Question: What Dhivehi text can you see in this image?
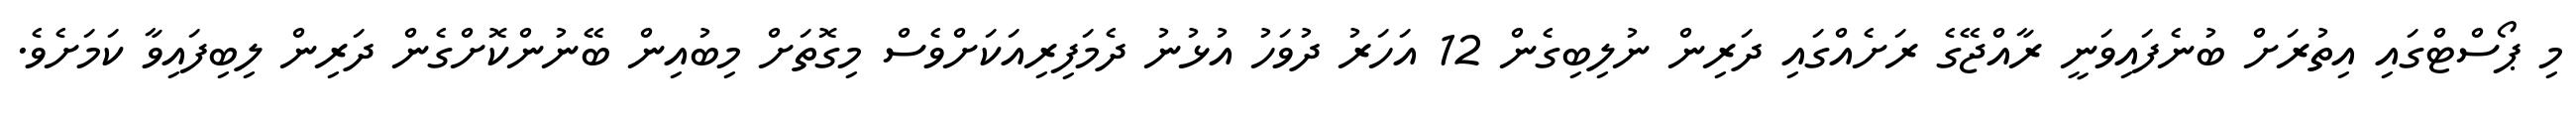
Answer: މި ޕޯސްޓްގައި އިތުރަށް ބުނެފައިވަނީ ރާއްޖޭގެ ރަށެއްގައި ދަރިން ނުލިބިގެން 12 އަހަރު ދުވަހު އުޅުނު ދެމަފިރިއަކަށްވެސް މިގޮތަށް މިބުއިން ބޭނުންކޮށްގެން ދަރިން ލިބިފައިވާ ކަމަށެވެ.